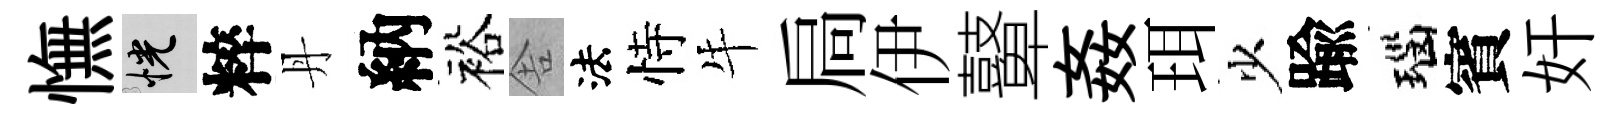
憮恍粹丹納裕舎法恃牛扃伊鼙姦珥少踰瑙賓奸